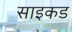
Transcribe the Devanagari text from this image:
साइकड